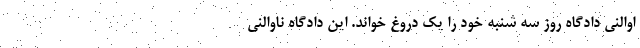
اوالنی دادگاه روز سه شنبه خود را یک دروغ خواند. این دادگاه ناوالنی